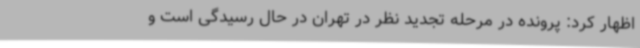
اظهار کرد: پرونده در مرحله تجدید نظر در تهران در حال رسیدگی است و